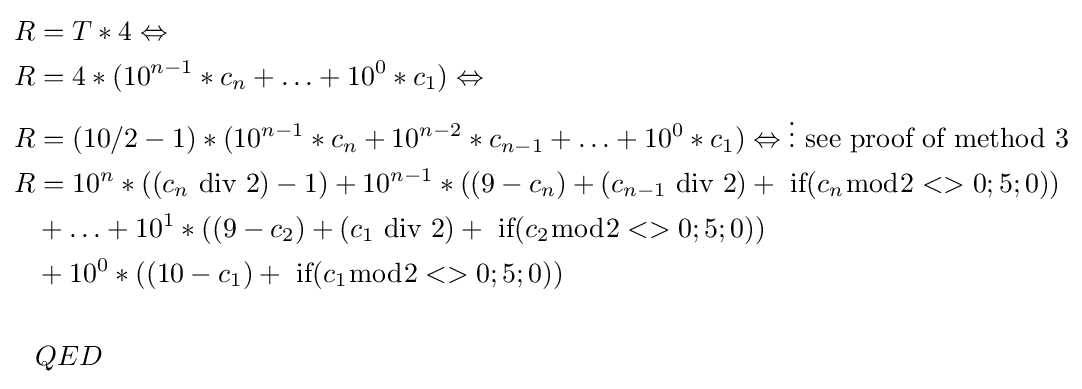
{\begin{aligned}R&=T*4\Leftrightarrow \\R&=4*(10^{n-1}*c_{n}+\ldots +10^{0}*c_{1})\Leftrightarrow \\R&=(10/2-1)*(10^{n-1}*c_{n}+10^{n-2}*c_{n-1}+\ldots +10^{0}*c_{1})\Leftrightarrow \vdots {\mbox{ see proof of method 3}}\\R&=10^{n}*((c_{n}{\text{ div }}2)-1)+10^{n-1}*((9-c_{n})+(c_{n-1}{\text{ div }}2)+{\text{ if}}(c_{n}{\bmod {2}}<>0;5;0))\\&+\ldots +10^{1}*((9-c_{2})+(c_{1}{\text{ div }}2)+{\text{ if}}(c_{2}{\bmod {2}}<>0;5;0))\\&+10^{0}*((10-c_{1})+{\text{ if}}(c_{1}{\bmod {2}}<>0;5;0))\\\\&QED\end{aligned}}